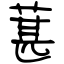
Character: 葚